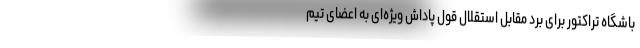
باشگاه تراکتور برای برد مقابل استقلال قول پاداش ویژه‌ای به اعضای تیم